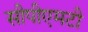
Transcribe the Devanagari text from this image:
सीपीएमटी